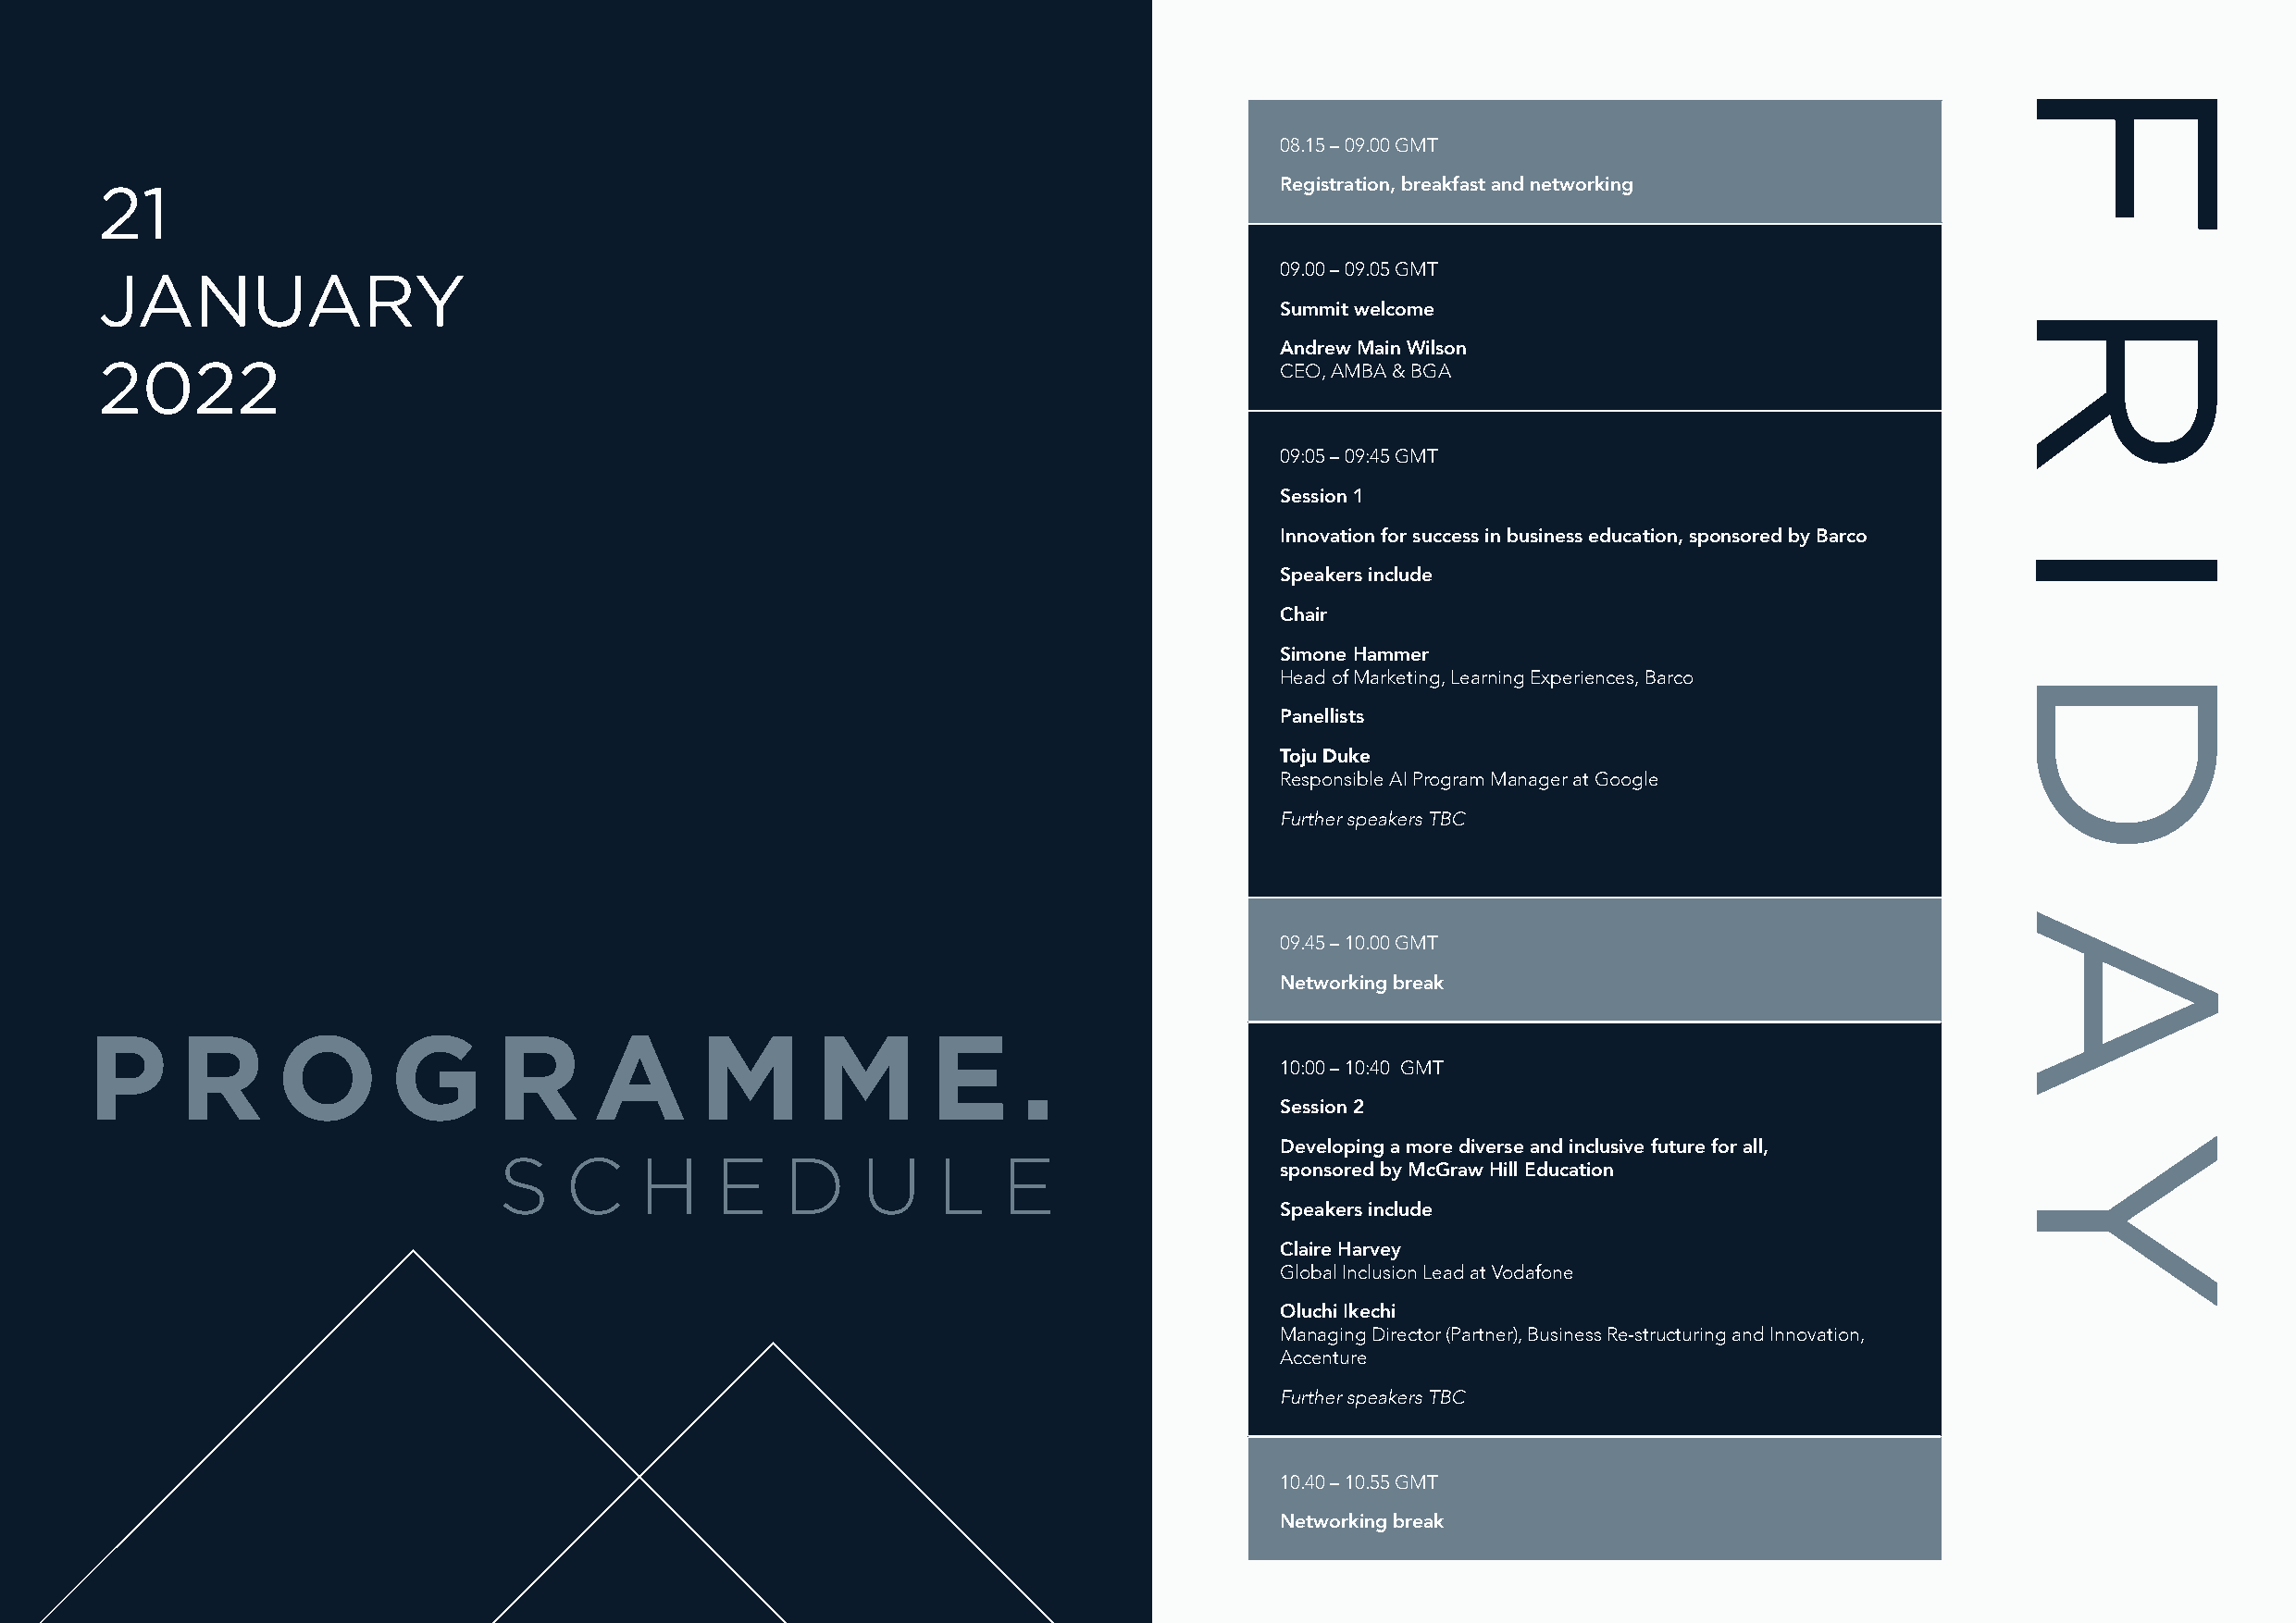
08.15 – 09.00 GMT
 21                                                                                   Registration, breakfast and networking
 JANUARY                                                                              09.00 – 09.05 GMT
 Summit welcome
 Andrew Main Wilson
 2022
 CEO, AMBA & BGA
 09:05 – 09:45 GMT
 Session 1
 Innovation for success in business education, sponsored by Barco
 Speakers include
 Chair
 Simone Hammer
 Head of Marketing, Learning Experiences, Barco
 Panellists
 Toju Duke
 Responsible AI Program Manager at Google
 Further speakers TBC
 09.45 – 10.00 GMT
 Networking break
 P      R      O       G      R      A       M       M       E      .
 10:00 – 10:40 GMT
 Session 2
 Developing a more diverse and inclusive future for all,
 S   C     H    E    D     U    L    E
 sponsored by McGraw Hill Education
 Speakers include
 Claire Harvey
 Global Inclusion Lead at Vodafone
 Oluchi Ikechi
 Managing Director (Partner), Business Re-structuring and Innovation,
 Accenture
 Further speakers TBC
 10.40 – 10.55 GMT
 Networking break
 F
 R
 ID
 A
 Y